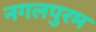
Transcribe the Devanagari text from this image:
नगलपुरम